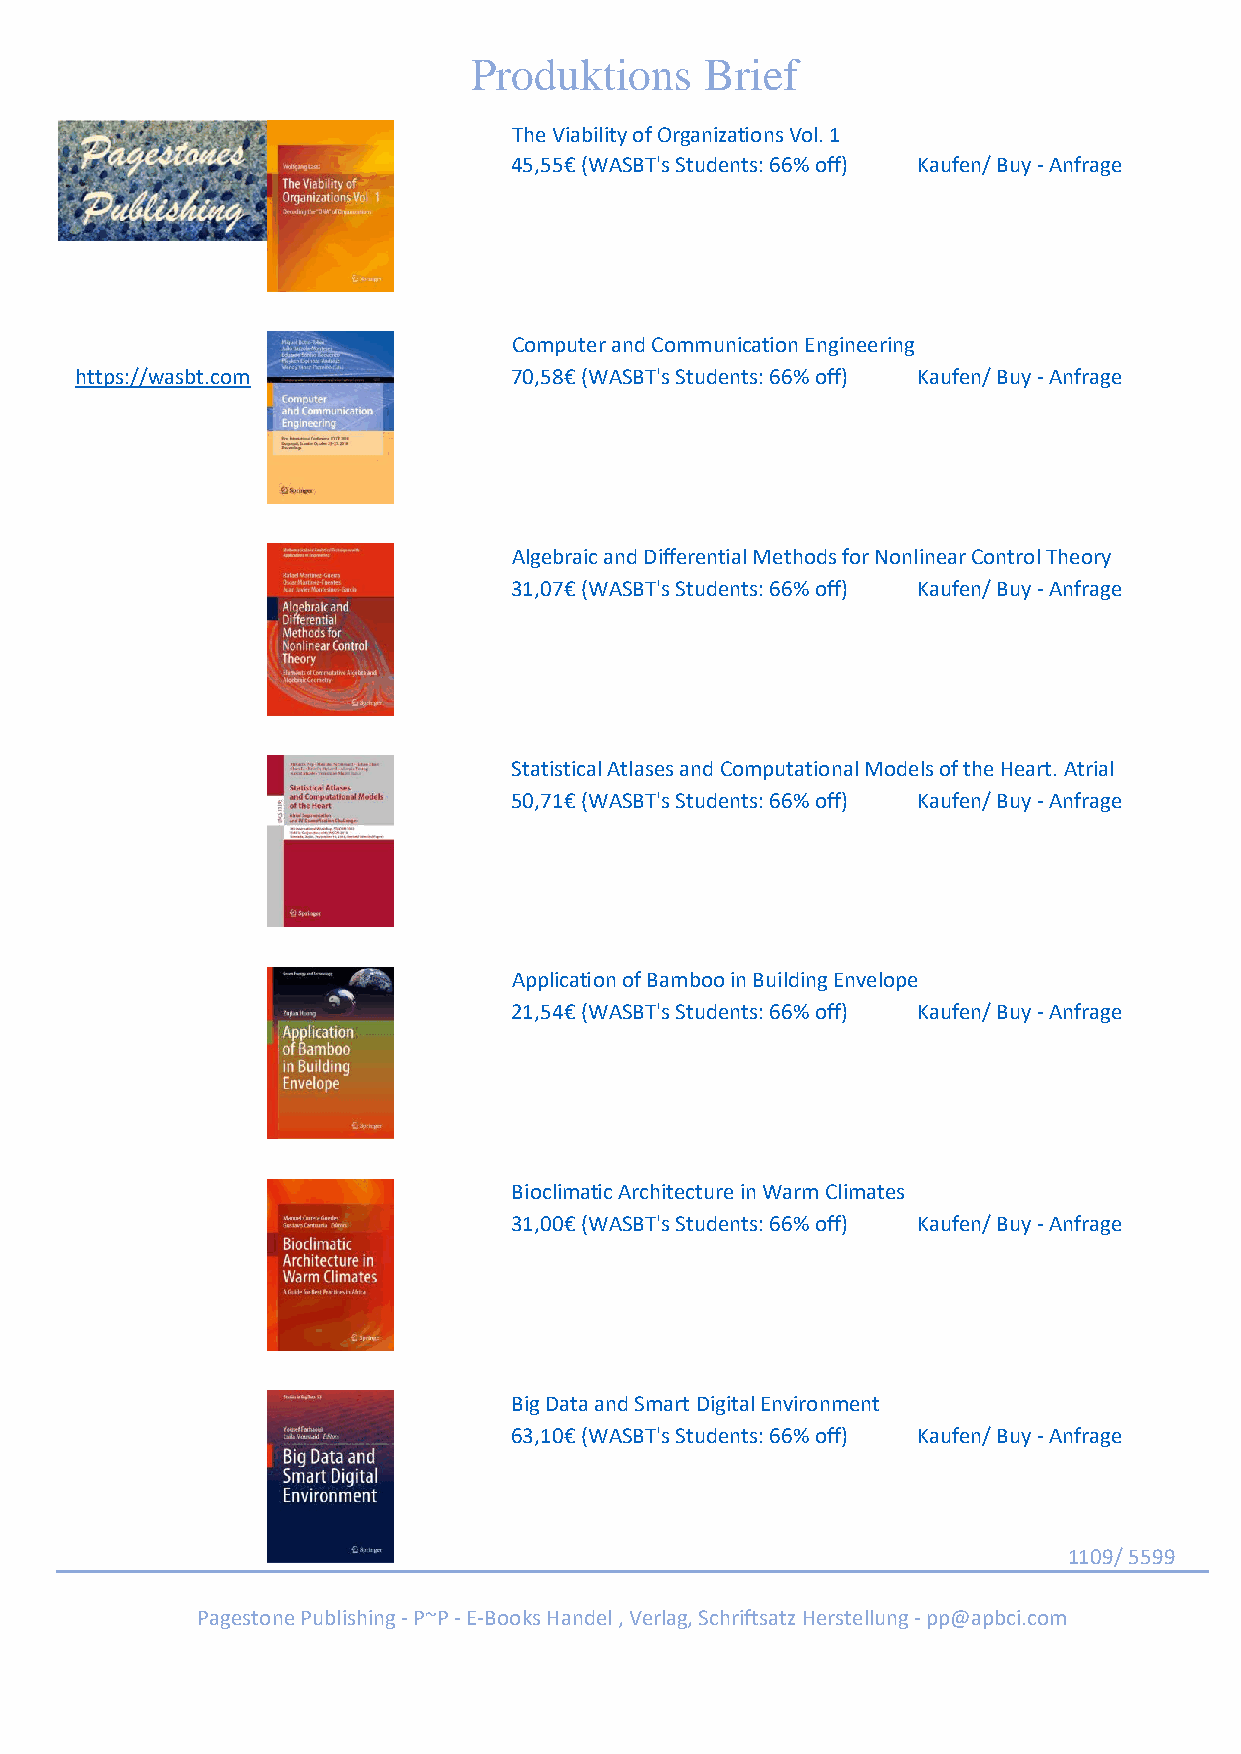
Produktions     Brief
 The Viability of Organizations Vol. 1
 45,55€ (WASBT's Students: 66% off) Kaufen/ Buy - Anfrage
 Computer and Communication Engineering
 https://wasbt.com            70,58€ (WASBT's Students: 66% off) Kaufen/ Buy - Anfrage
 Algebraic and Differential Methods for Nonlinear Control Theory
 31,07€ (WASBT's Students: 66% off) Kaufen/ Buy - Anfrage
 Statistical Atlases and Computational Models of the Heart. Atrial
 50,71€ (WASBT's Students: 66% off) Kaufen/ Buy - Anfrage
 Application of Bamboo in Building Envelope
 21,54€ (WASBT's Students: 66% off) Kaufen/ Buy - Anfrage
 Bioclimatic Architecture in Warm Climates
 31,00€ (WASBT's Students: 66% off) Kaufen/ Buy - Anfrage
 Big Data and Smart Digital Environment
 63,10€ (WASBT's Students: 66% off) Kaufen/ Buy - Anfrage
 1109/ 5599
 Pagestone Publishing - P~P - E-Books Handel , Verlag, Schriftsatz Herstellung - pp@apbci.com